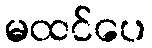
မထင်ပေ